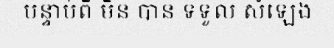
បន្ទាប់ពី មិន បាន ទទួល សំឡេង